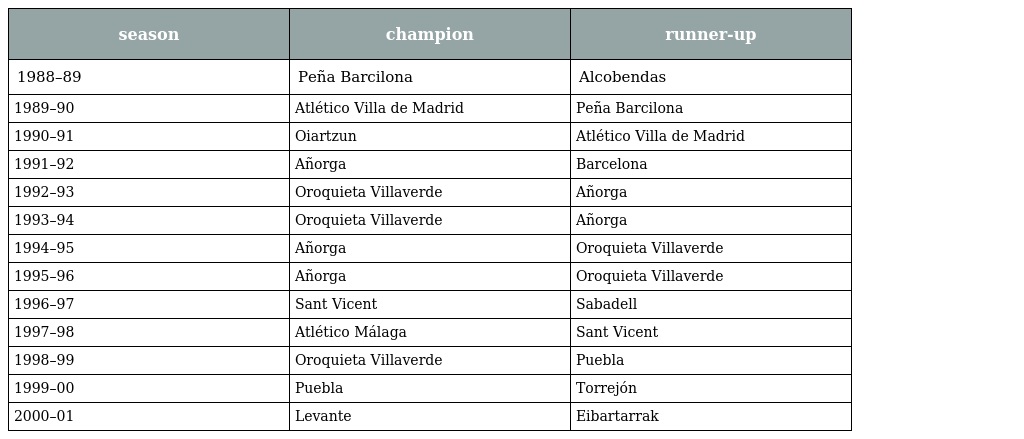
| season | champion | runner-up |
 | --- | --- | --- |
 | 1988–89 | Peña Barcilona | Alcobendas |
 | 1989–90 | Atlético Villa de Madrid | Peña Barcilona |
 | 1990–91 | Oiartzun | Atlético Villa de Madrid |
 | 1991–92 | Añorga | Barcelona |
 | 1992–93 | Oroquieta Villaverde | Añorga |
 | 1993–94 | Oroquieta Villaverde | Añorga |
 | 1994–95 | Añorga | Oroquieta Villaverde |
 | 1995–96 | Añorga | Oroquieta Villaverde |
 | 1996–97 | Sant Vicent | Sabadell |
 | 1997–98 | Atlético Málaga | Sant Vicent |
 | 1998–99 | Oroquieta Villaverde | Puebla |
 | 1999–00 | Puebla | Torrejón |
 | 2000–01 | Levante | Eibartarrak |